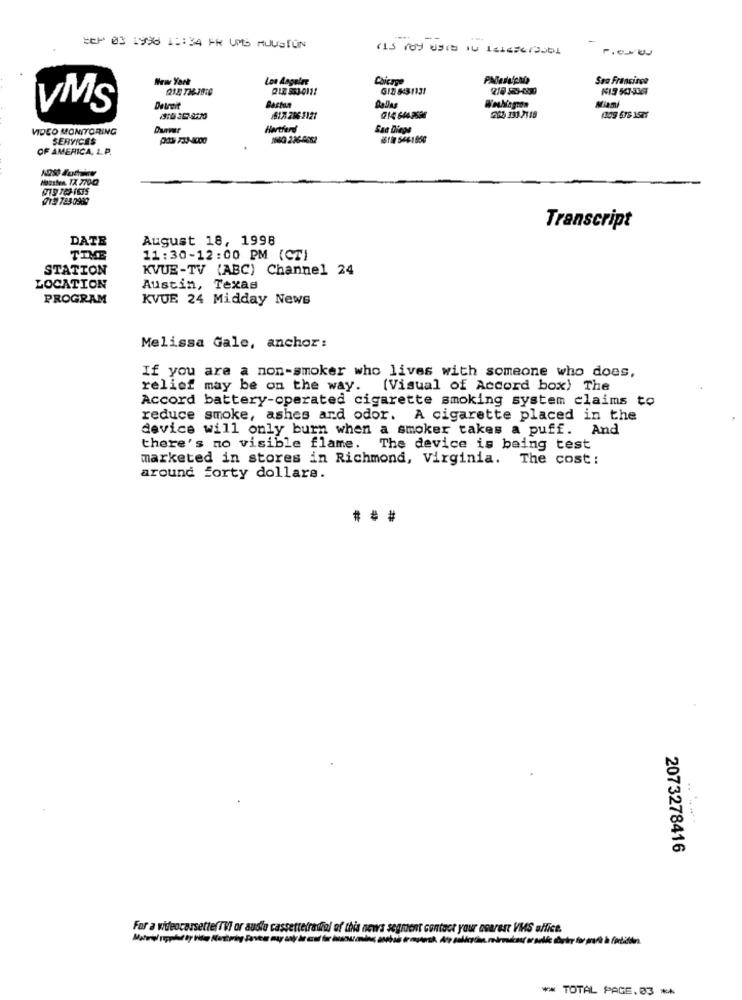
=0- 03 1938 11:34 FR UMS MUUSTON
New York
Chicago
Sao Francisco
G12 8431131
KIS 543-3367
VMS
Detroit
Bastan
Washiagron
Miami
1617 286 1121
203 333.2118
VIDEO MONITORING
Hertherd
Sac Diege
SERVICES
1660 226-2662
OF AMERICA, L.P.
Houston, TX 7700
71 783 0989
Transcript
DATE
August 18, 1998
11:30-12:00 PM (CT)
STATION
KVUE-TV (ABC) Channel 24
LOCATION
Austin, Texas
PROGRAM
KVUE 24 Midday News
Melissa Gale, anchor:
If you are a non-smoker who lives with someone who does,
relief may be on the way.
(Visual of Accord box) The
Accord battery-operated cigarette smoking system claims to
reduce smoke, ashes ard odor. A cigarette placed in the
device will only burn when a smoker takes a puff. And
there's no visible flame.
The device is being test
marketed in stores in Richmond, Virginia.
The cost:
around forty dollars.
2073278416
For a wideocassette(TV or audio cassettetradiol of this news segment contact your esarest VMS office.
** TOTAL PAGE.03 **